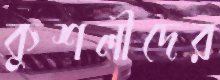
কুশলীদের